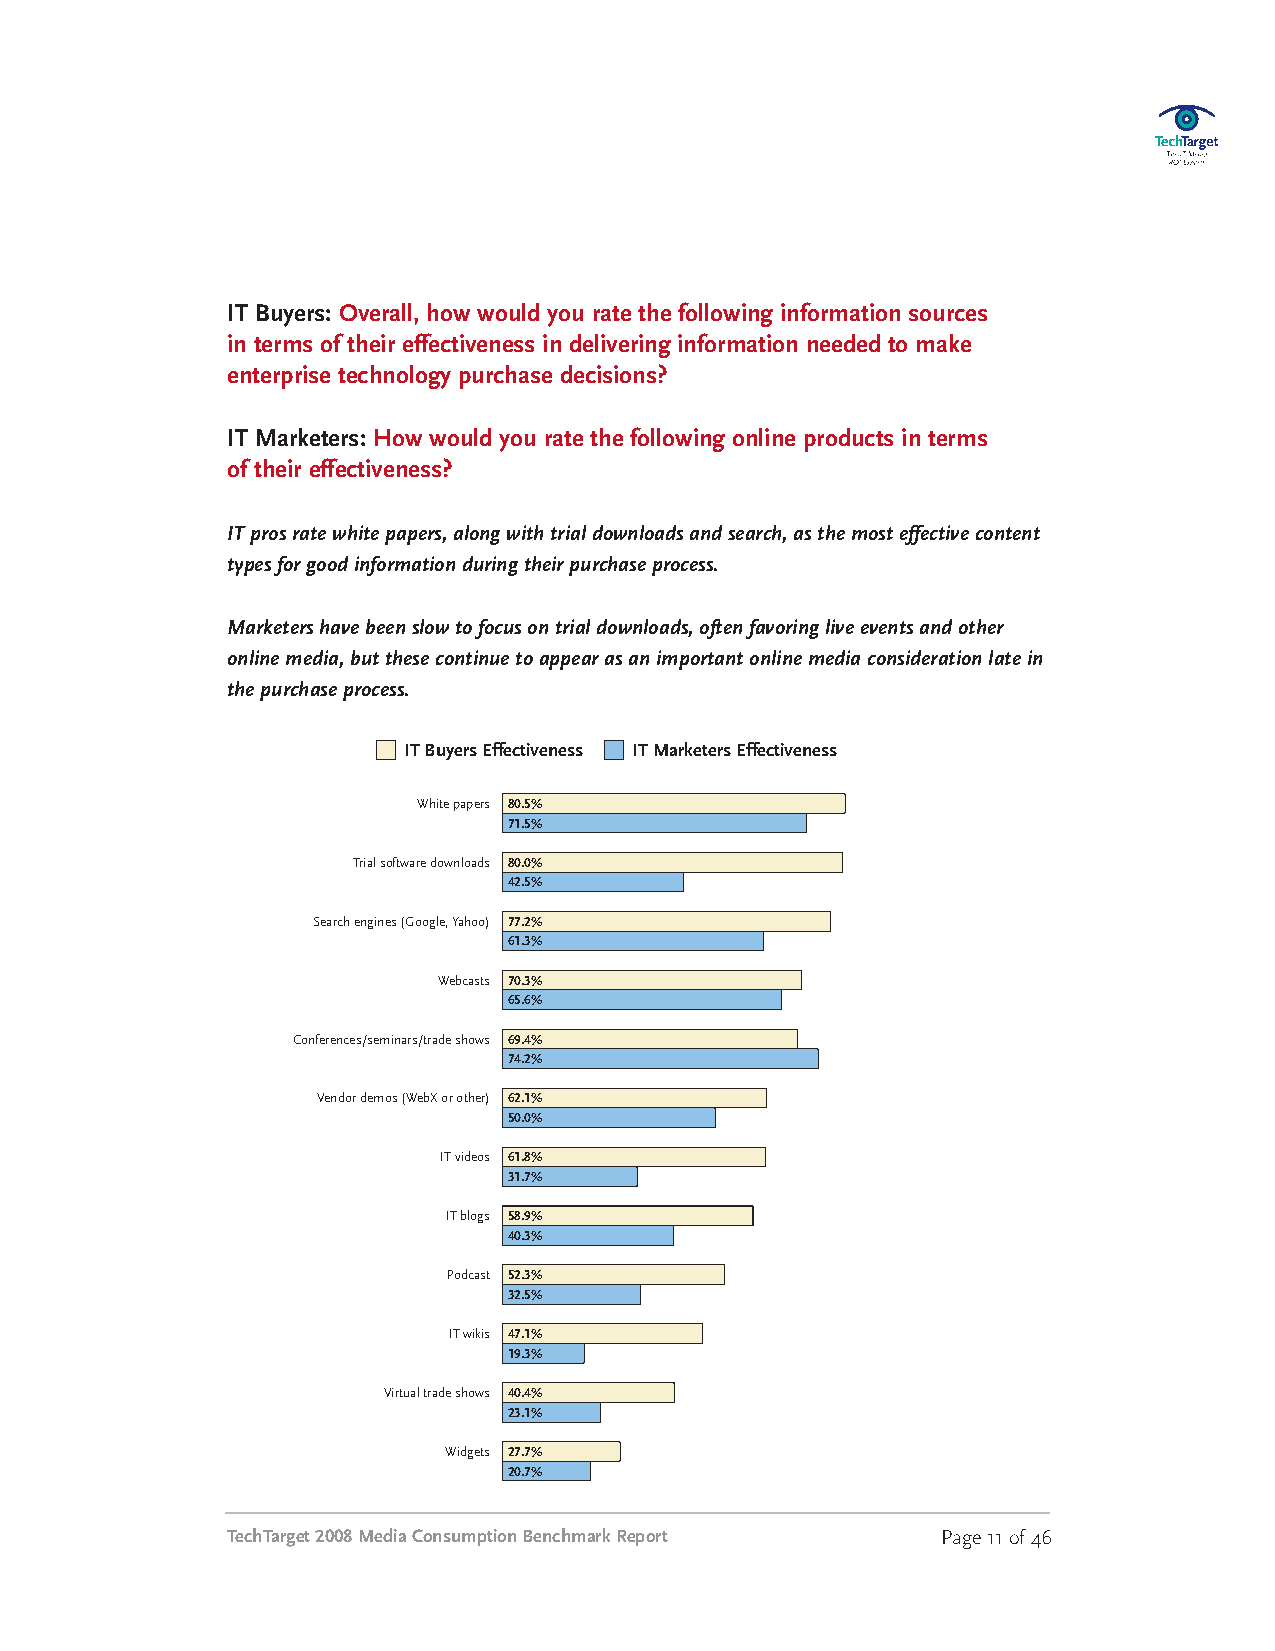
IT Buyers: Overall, how would you rate the following information sources
 in terms of their effectiveness in delivering information needed to make
 enterprise technology purchase decisions?
 IT Marketers: How would you rate the following online products in terms
 of their effectiveness?
 ITprosratewhitepapers,alongwithtrialdownloadsandsearch,asthemosteffectivecontent
 typesforgoodinformationduringtheirpurchaseprocess.
 Marketershavebeenslowtofocusontrialdownloads,oftenfavoringliveeventsandother
 onlinemedia,butthesecontinuetoappearasanimportantonlinemediaconsiderationlatein
 thepurchaseprocess.
 ITBuyers Effectiveness ITMarketers Effectiveness
 White papers 80.5%
 71.5%
 Trialsoftware downloads 80.0%
 42.5%
 Search engines(Google,Yahoo) 77.2%
 61.3%
 Webcasts 70.3%
 65.6%
 Conferences/seminars/trade shows 69.4%
 74.2%
 Vendordemos (WebXorother) 62.1%
 50.0%
 ITvideos 61.8%
 31.7%
 ITblogs 58.9%
 40.3%
 Podcast 52.3%
 32.5%
 ITwikis 47.1%
 19.3%
 Virtualtradeshows 40.4%
 23.1%
 Widgets 27.7%
 20.7%
 TechTarget2008MediaConsumptionBenchmarkReport  Page11of46